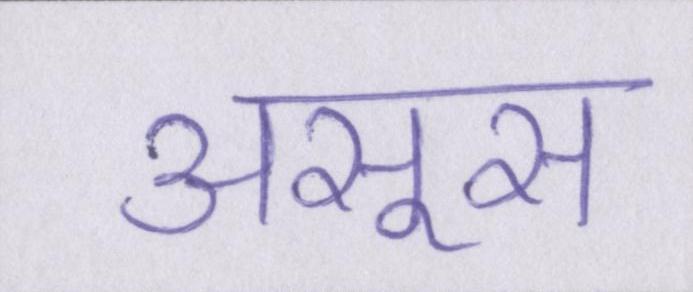
असूस